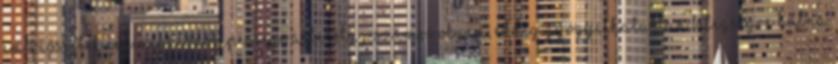
embriósejtek regenerálódóképessége állítólag számos olyan, eddig gyógyíthatatlan betegségre hatna